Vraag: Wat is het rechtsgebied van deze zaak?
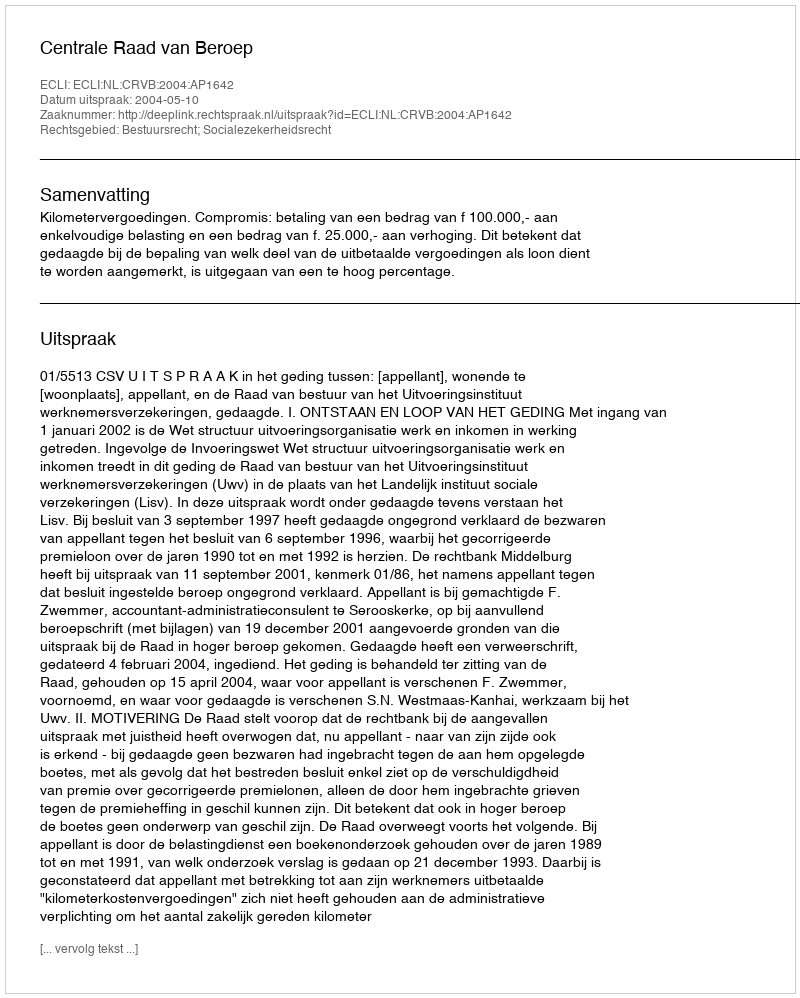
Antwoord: Bestuursrecht; Socialezekerheidsrecht